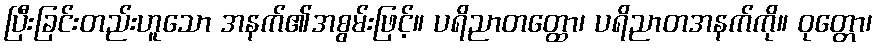
ပြီးခြင်းတည်းဟူသော အနက်၏အစွမ်းဖြင့်။ ပရိညာတတ္ထော၊ ပရိညာတအနက်ကို။ ဝုတ္တော၊